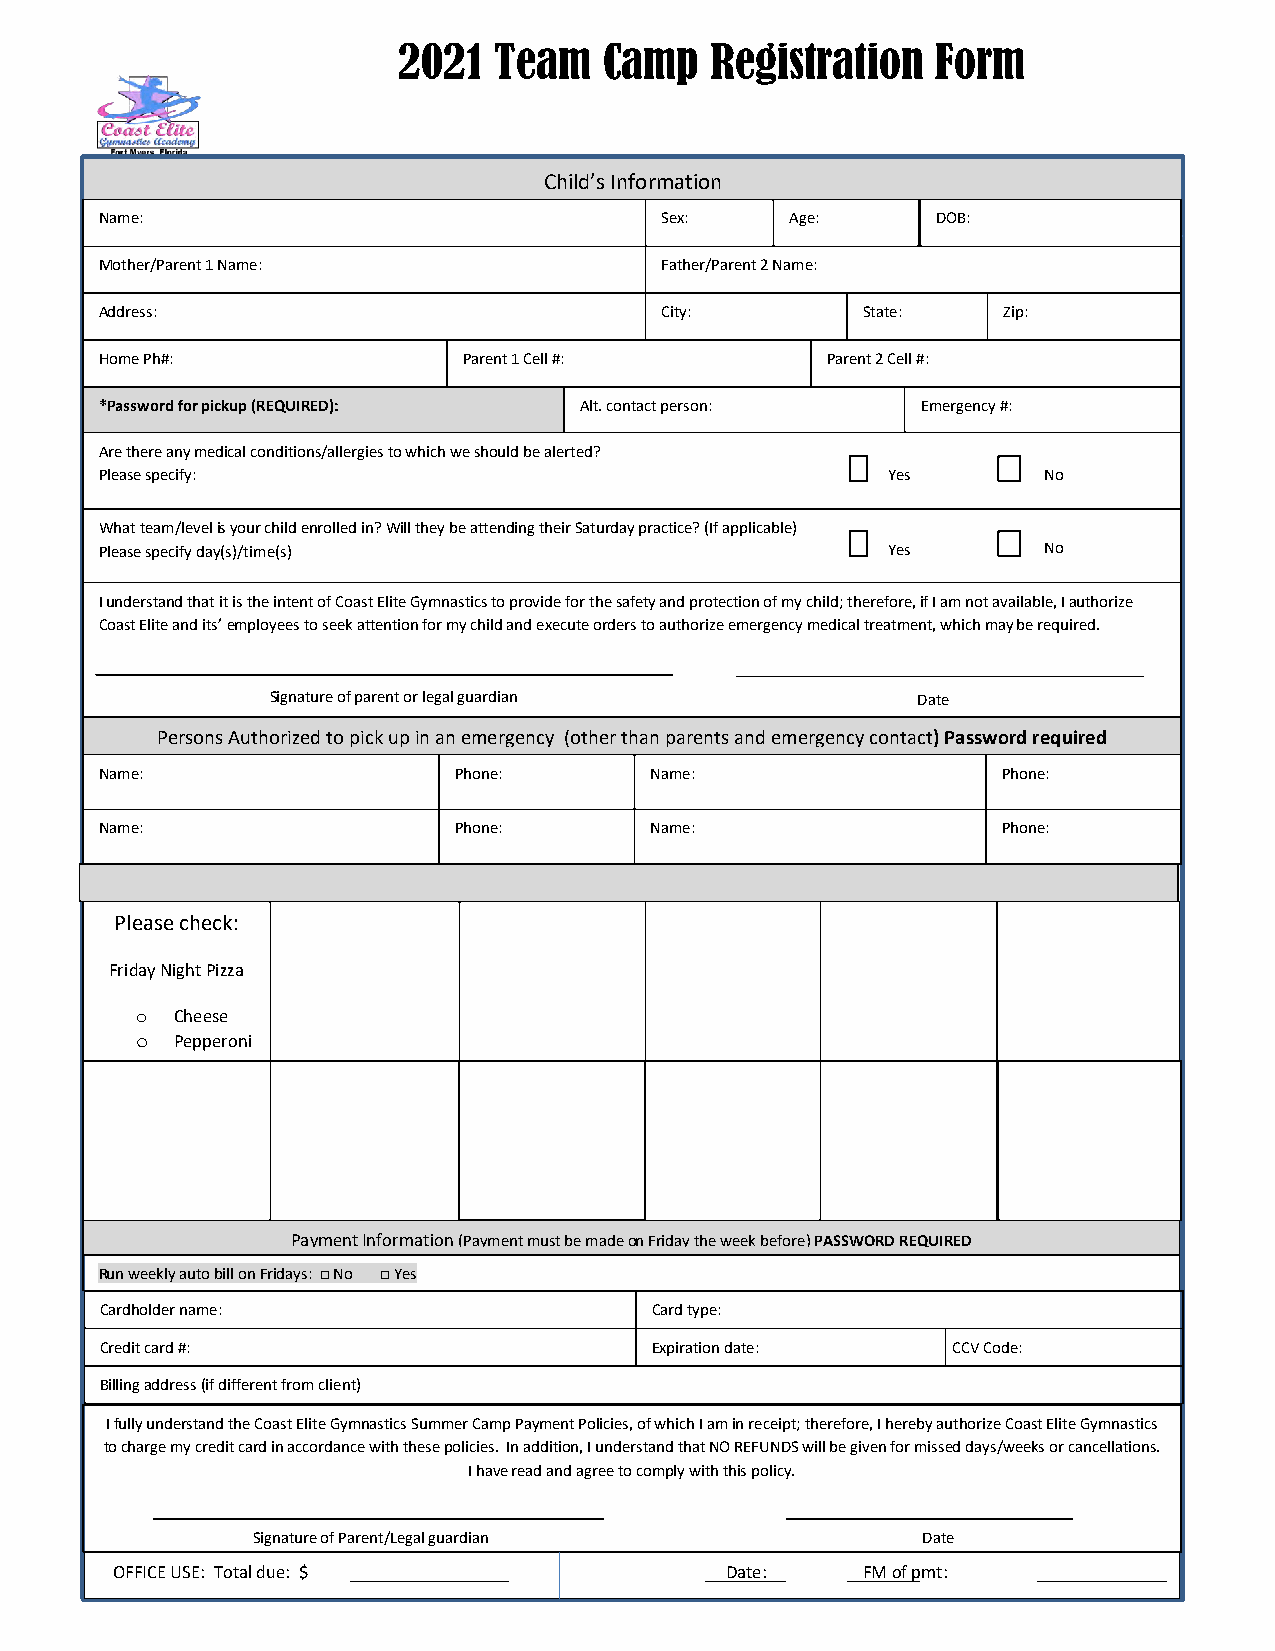
2021   Team   Camp   Registration   Form
 Child’s Information
 Name:                                Sex:    Age:      DOB:
 Mother/Parent 1 Name:                Father/Parent 2 Name:
 Address:                             City:        State:   Zip:
 Home Ph#:               Parent 1 Cell #:        Parent 2 Cell #:
 *Password for pickup (REQUIRED): Alt. contact person: Emergency #:
 Are there any medical conditions/allergies to which we should be alerted?
 Please specify:                                     Yes       No
 What team/level is your child enrolled in? Will they be attending their Saturday practice? (If applicable)
 Please specify day(s)/time(s)                       Yes       No
 I understand that it is the intent of Coast Elite Gymnastics to provide for the safety and protection of my child; therefore, if I am not available, I authorize
 Coast Elite and its’ employees to seek attention for my child and execute orders to authorize emergency medical treatment, which may be required.
 Signature of parent or legal guardian      Date
 Persons Authorized to pick up in an emergency (other than parents and emergency contact) Password required
 Name:                  Phone:       Name:                  Phone:
 Name:                  Phone:       Name:                  Phone:
 Please check:
 Friday Night Pizza
 o Cheese
 o Pepperoni
 Payment Information (Payment must be made on Friday the week before) PASSWORD REQUIRED
 Run weekly auto bill on Fridays: □ No □ Yes
 Cardholder name:                    Card type:
 Credit card #:                      Expiration date:    CCV Code:
 Billing address (if different from client)
 I fully understand the Coast Elite Gymnastics Summer Camp Payment Policies, of which I am in receipt; therefore, I hereby authorize Coast Elite Gymnastics
 to charge my credit card in accordance with these policies. In addition, I understand that NO REFUNDS will be given for missed days/weeks or cancellations.
 I have read and agree to comply with this policy.
 Signature of Parent/Legal guardian          Date
 OFFICE USE: Total due: $                 Date:    FM of pmt: